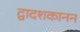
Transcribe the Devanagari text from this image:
द्वादशकानन